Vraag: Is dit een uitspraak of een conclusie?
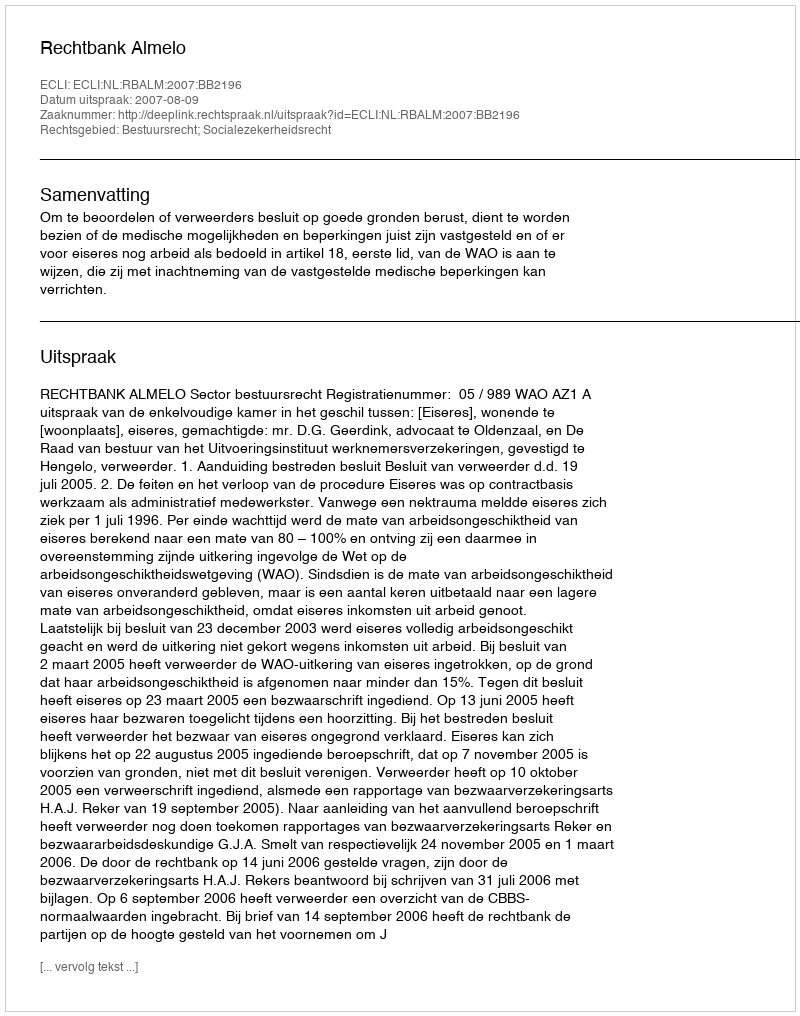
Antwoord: Uitspraak